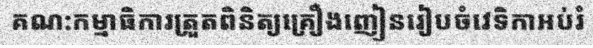
គណ:កម្មាធិការត្រួតពិនិត្យគ្រឿងញៀនរៀបចំវេទិកាអប់រំ